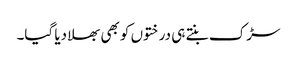
سڑک بنتے ہی درختوں کو بھی بھلا دیا گیا۔